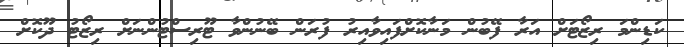
ކަޑިންމަ ރިޒޯޓަށް އަރާ ފޭބުން މަނާކޮށްފައިވާއިރު ފުރަން ބޭނުންވާ ޓޫރިސްޓުންނަށް ރިޒޯޓު ދޫކޮށް